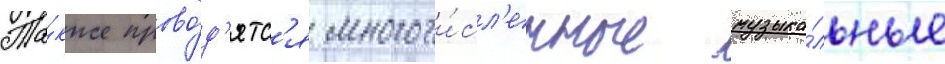
Та́кже прово́д'ятс'я многочи́сл'енные музыка́льные